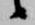
候